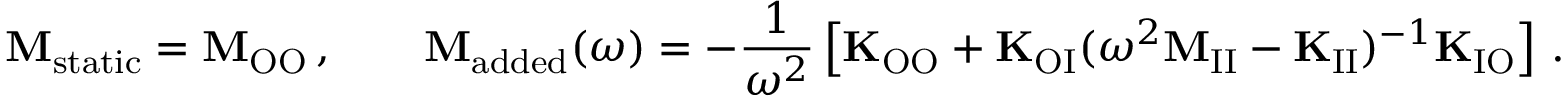
\mathbf { M } _ { \mathrm { s t a t i c } } = \mathbf { M } _ { \mathrm { O O } } \, , \qquad \mathbf { M } _ { \mathrm { a d d e d } } ( \omega ) = - \frac { 1 } { \omega ^ { 2 } } \left[ \mathbf { K } _ { \mathrm { O O } } + \mathbf { K } _ { \mathrm { O I } } ( \omega ^ { 2 } \mathbf { M } _ { \mathrm { I I } } - \mathbf { K } _ { \mathrm { I I } } ) ^ { - 1 } \mathbf { K } _ { \mathrm { I O } } \right] \, .